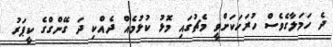
ދެ ހަމަލާގެވެސް ހުރަހަކަށްވީ މެޗުގައި މޮޅު ކުޅުމެއް ދެއްކި ދަ ގޭންގްގެ ކީޕަރު